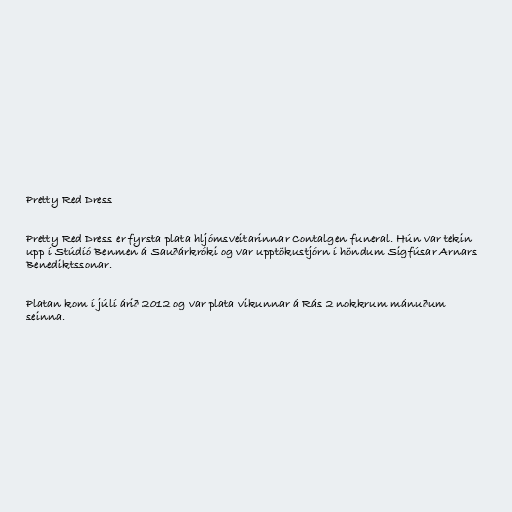
Pretty Red Dress

Pretty Red Dress er fyrsta plata hljómsveitarinnar Contalgen funeral. Hún var tekin
upp í Stúdíó Benmen á Sauðárkróki og var upptökustjórn í höndum Sigfúsar Arnars
Benediktssonar.

Platan kom í júlí árið 2012 og var plata vikunnar á Rás 2 nokkrum mánuðum
seinna.